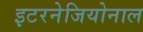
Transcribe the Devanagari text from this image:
इटरनेजियोनाल